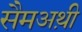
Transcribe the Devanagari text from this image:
सैमअथ़ी